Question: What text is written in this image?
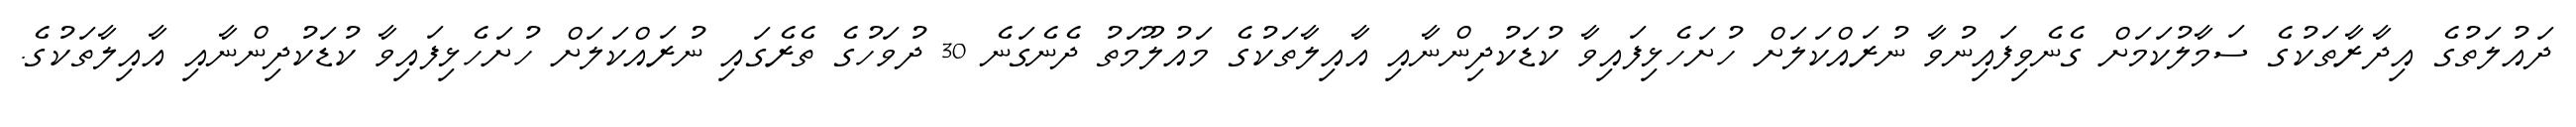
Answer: ދައުލަތުގެ އިދާރާތަކުގެ ސަމާލުކަމަށް ގެނެވިފައިނުވާ ނުރައްކަލަށް ހުށަހެޅިފައިވާ ކުޑަކުދިންނާއި އާއިލާތަކުގެ މައުލޫމަތު ދެނެގަނެ 30 ދުވަހުގެ ތެރެގައި ނުރައްކަލަށް ހުށަހެޅިފައިވާ ކުޑަކުދިންނާއި އާއިލާތަކުގެ.